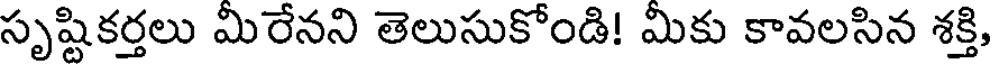
సృష్టికర్తలు మిరేనని తెలుసుకోండి! మికు కావలసిన శక్తి,